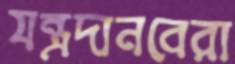
যন্ত্রদানবেরা